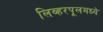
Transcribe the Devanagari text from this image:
लिव्हरपूलमध्ये